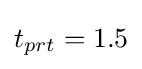
t_{prt}=1.5